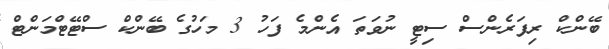
ބޭންކް ރިފަރެންސް ސިޓީ ނުވަތަ އެންމެ ފަހު 3 މަހުގެ ބޭންކް ސްޓޭޓްމަންޓް